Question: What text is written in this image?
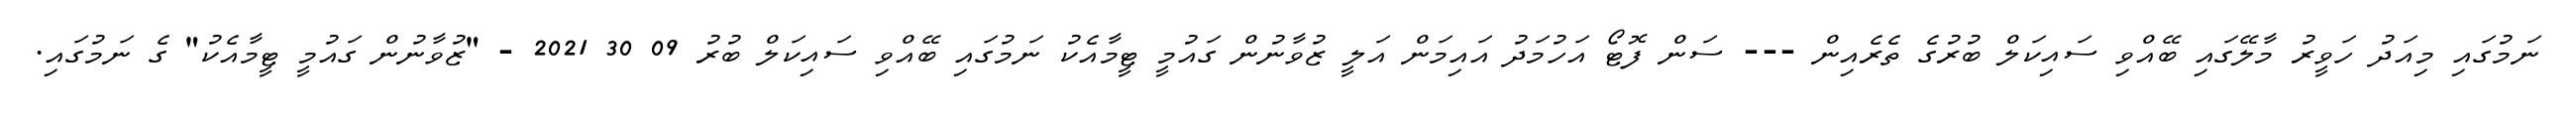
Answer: ނަމުގައި މިއަދު ހަވީރު މާލޭގައި ބޭއްވި ސައިކަލް ބުރުގެ ތެރެއިން --- ސަން ފޮޓޯ އަހުމަދު އައިމަން އަލީ ޒުވާނުން ގައުމީ ޓީމާއެކު ނަމުގައި ބޭއްވި ސައިކަލް ބުރު 09 30 2021 - "ޒުވާނުން ގައުމީ ޓީމާއެކު" ގެ ނަމުގައި.